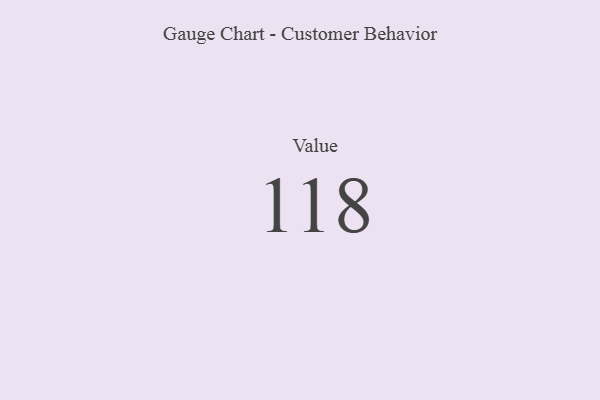
{"axis": {"x": "Metric", "y": "Value"}, "legend": [""], "data": [{"x": "Value", "y": 118, "type": ""}]}